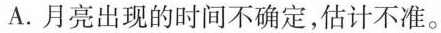
A.月亮出现的时间不确定,估计不准。